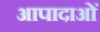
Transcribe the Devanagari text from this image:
आपादाओं